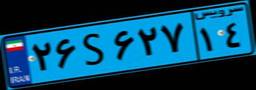
۲۶S۶۲۷۱۴